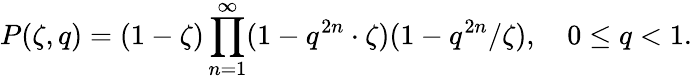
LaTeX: P(\zeta,q)=(1-\zeta)\prod_{n=1}^{\infty}(1-q^{2n}\cdot\zeta)(1-q^{2n}/\zeta),\quad 0\leq q<1.